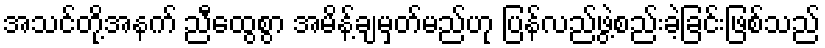
အသင်တို့အနက် ညီထွေစွာ အမိန့်ချမှတ်မည်ဟု ပြန်လည်ဖွဲ့စည်းခဲ့ခြင်းဖြစ်သည်